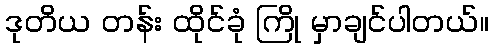
ဒုတိယ တန်း ထိုင်ခုံ ကြို မှာချင်ပါတယ်။